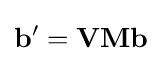
\mathbf {b} '=\mathbf {V} \mathbf {M} \mathbf {b}